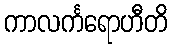
ကာလင်္ကရောဟီတိ